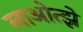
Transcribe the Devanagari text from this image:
लाओत्झे